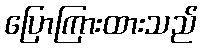
ပြောကြားထားသည်